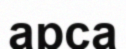
арса